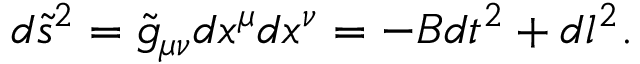
d \tilde { s } ^ { 2 } = \tilde { g } _ { \mu \nu } d x ^ { \mu } d x ^ { \nu } = - B d t ^ { 2 } + d l ^ { 2 } .